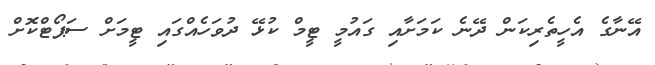
އޭނާގެ އެހީތެރިކަން ދޭނެ ކަމަށާއި ގައުމީ ޓީމް ކުޅޭ ދުވަހެއްގައި ޓީމަށް ސަޕޯޓްކޮށް